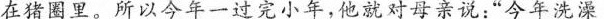
在猪圈里。所以今年一过完小年，他就对母亲说:“今年洗澡